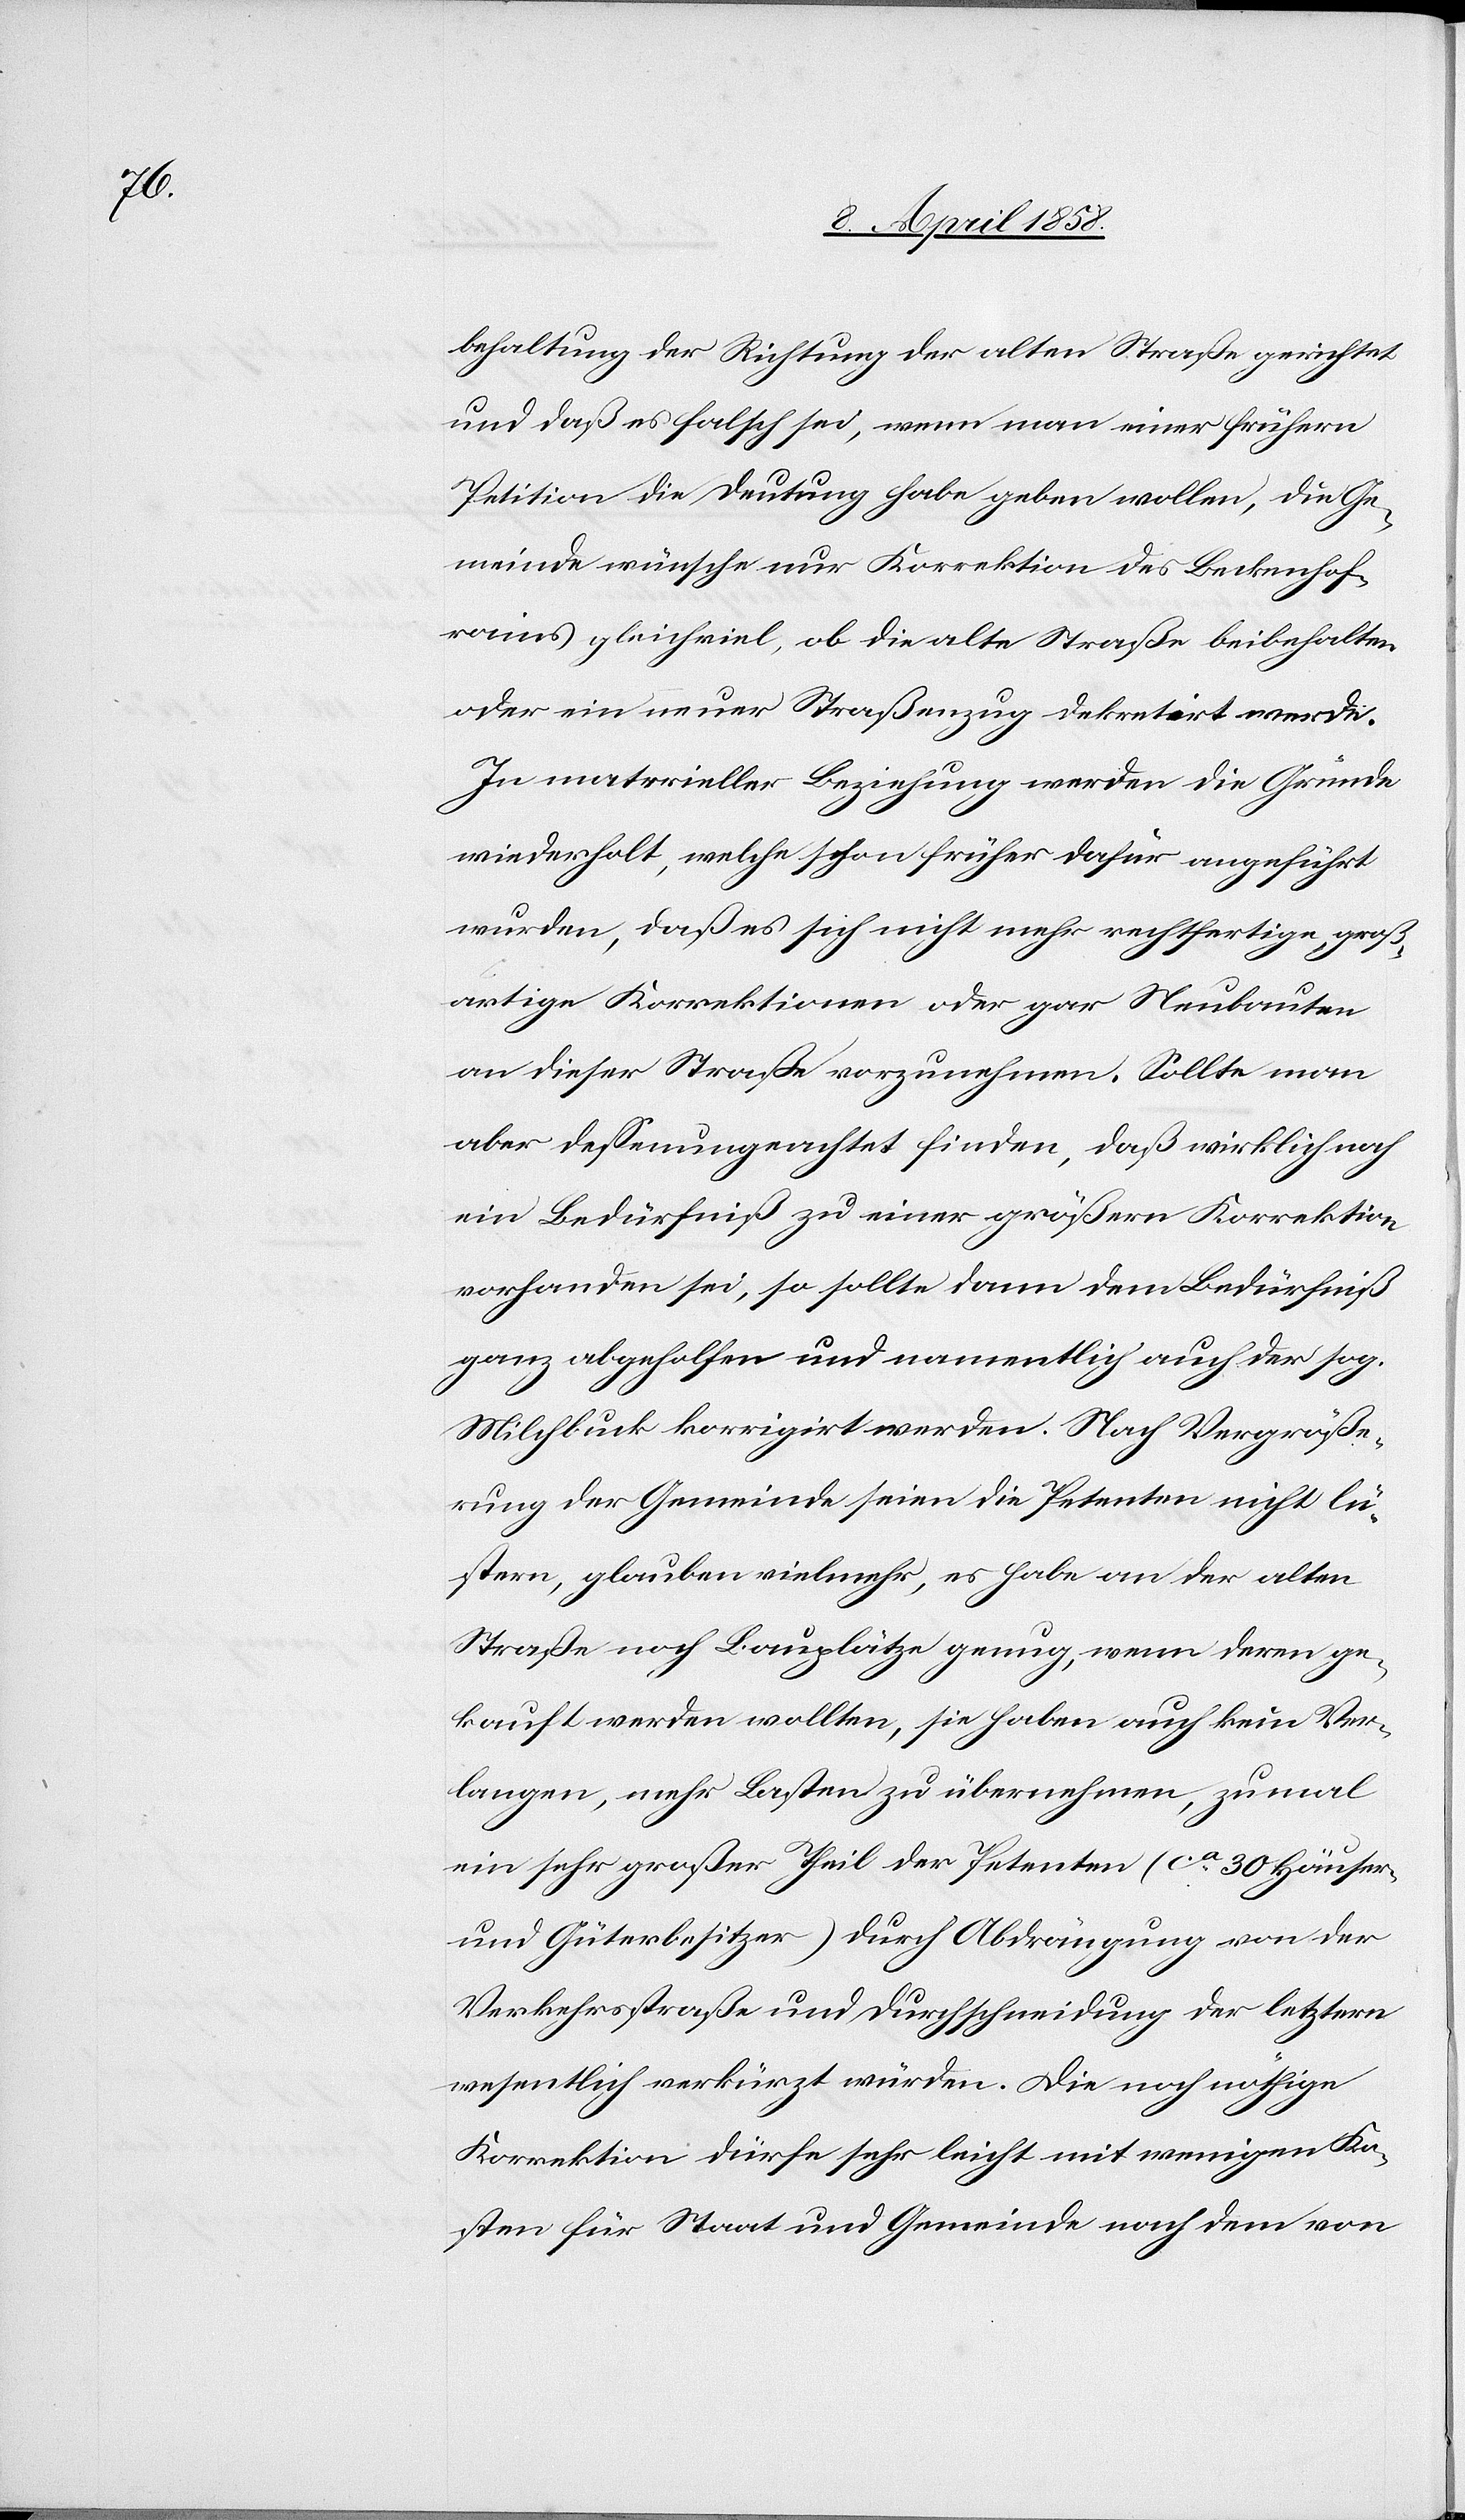
behaltung der Richtung der alten Straße gerichtet
und daß es falsch sei, wenn man einer frühern
Petition die Deutung habe geben wollen, die Ge¬
meinde wünsche nur Korrektion des Beckenhof¬
rains gleichviel, ob die alte Straße beibehalten
oder ein neuer Straßenzug dekretirt werde.
In materieller Beziehung werden die Gründe
wiederholt, welche schon früher dafür angeführt
wurden, daß es sich nicht mehr rechtfertige, groß¬
artige Korrektionen oder gar Neubauten
an dieser Straße vorzunehmen. Sollte man
aber dessenungeachtet finden, daß wirklich noch
ein Bedürfniß zu einer größern Korrektion
vorhanden sei, so sollte dann dem Bedürfniß
ganz abgeholfen und namentlich auch der sog.
Milchbuck korrigirt werden. Nach Vergröße¬
rung der Gemeinde seien die Petenten nicht lü¬
stern, glauben vielmehr, es habe an der alten
Straße noch Bauplätze genug, wenn deren ge¬
kauft werden sollten, sie haben auch kein Ver¬
langen, mehr Lasten zu übernehmen, zumal
ein sehr großer Theil der Petenten (ca 30 Häuser-
und Güterbesitzer) durch Abdrängung von der
Verkehrsstraße und Durchschneidung der letztern
wesentlich verkürzt würden. Die noch nöthige
Korrektion dürfe sehr leicht mit weniger Ko¬
sten für Staat und Gemeinde nach dem von